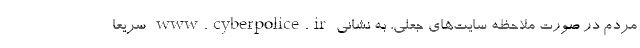
مردم در صورت ملاحظه سایت‌های جعلی، به نشانی www.cyberpolice.ir سریعا